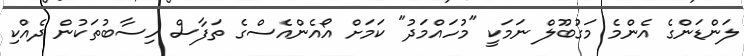
ލަންޑަންގެ އެންމެ މަގުބޫލް ނަމަކީ "މުހައްމަދު" ކަމަށް އޯއެންއެސްގެ ތަފާސް ހިސާބުތަކުން ދެއްކި